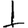
Digit: 1